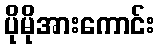
ပိုမိုအားကောင်း